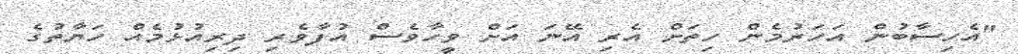
"އެހިސާބުން އަހަރުމެން ހިތަށް އެރި އޭނަ އަށް ވީހާވެސް އުފާވެރި ދިރިއުޅުމެއް ހަޔާތުގެ